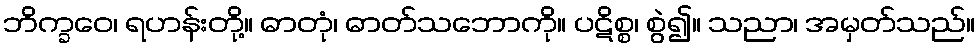
ဘိက္ခဝေ၊ ရဟန်းတို့။ ဓာတုံ၊ ဓာတ်သဘောကို။ ပဋိစ္စ၊ စွဲ၍။ သညာ၊ အမှတ်သည်။